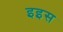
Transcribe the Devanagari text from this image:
इइस